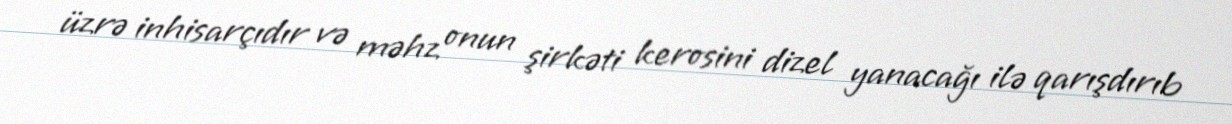
üzrə inhisarçıdır və məhz onun şirkəti kerosini dizel yanacağı ilə qarışdırıb